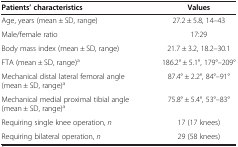
<table><thead><tr><td><b>Patients’ characteristics</b></td><td><b>Values</b></td></tr></thead><tbody><tr><td>Age, years (mean ± SD, range)</td><td>27.2 ± 5.8, 14–43</td></tr><tr><td>Male/female ratio</td><td>17:29</td></tr><tr><td>Body mass index (mean ± SD, range)</td><td>21.7 ± 3.2, 18.2–30.1</td></tr><tr><td>FTA (mean ± SD, range)<sup>a</sup></td><td>186.2° ± 5.1°, 179°–209°</td></tr><tr><td>Mechanical distal lateral femoral angle (mean ± SD, range)<sup>a</sup></td><td>87.4° ± 2.2°, 84°–91°</td></tr><tr><td>Mechanical medial proximal tibial angle (mean ± SD, range)<sup>a</sup></td><td>75.8° ± 5.4°, 53°–83°</td></tr><tr><td>Requiring single knee operation, <i>n</i></td><td>17 (17 knees)</td></tr><tr><td>Requiring bilateral operation, <i>n</i></td><td>29 (58 knees)</td></tr></tbody></table>